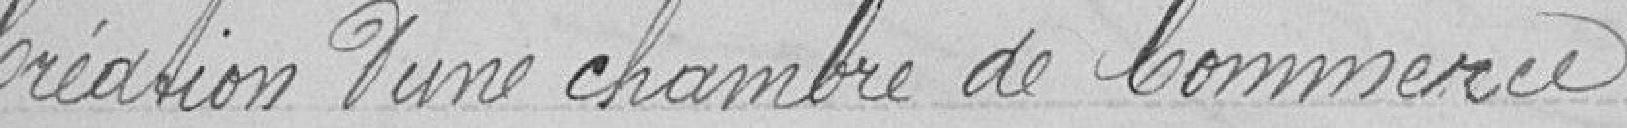
Création d'une chambre de Commerce